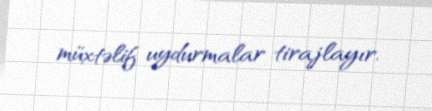
müxtəlif uydurmalar tirajlayır.